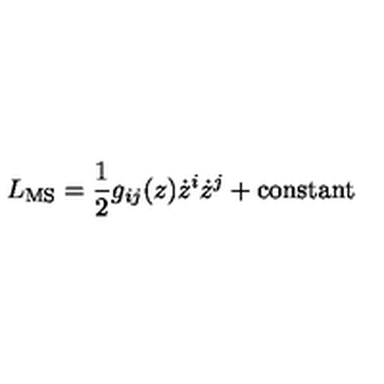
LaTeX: L _ { \mathrm { M S } } = { \frac { 1 } { 2 } } g _ { i j } ( z ) \dot { z } ^ { i } \dot { z } ^ { j } + \mathrm { c o n s t a n t }